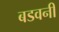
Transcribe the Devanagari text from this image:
बडवनी